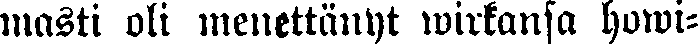
masti oli menettänyt wirkansa howi-